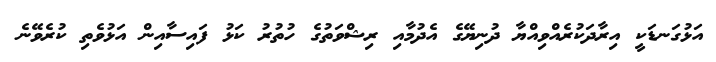
އަޅުގަނޑަކީ އިރާދަކުރެއްވިއްޔާ ދުނިޔޭގެ އެދުމާއި ރިޝްވަތުގެ ހުތުރު ކަޅު ފައިސާއިން އަޅުވެތި ކުރެވޭނެ